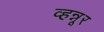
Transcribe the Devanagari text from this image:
व्हन्नूर